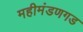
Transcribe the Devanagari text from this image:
महीमंडणगड